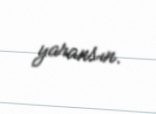
yaransın.